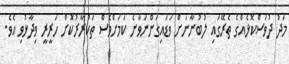
މަދު ދުވަސްކޮޅެއްގެ ތެރޭގައި ލުބުނާނަށް ވަޑައިގަންނަވާނެ ކަމަށްވެސް ތަކުރާރުކޮށް ހަރީރީ ވިދާޅުވި އެވެ.